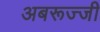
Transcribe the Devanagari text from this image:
अबरूज्जी